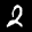
Label: 2